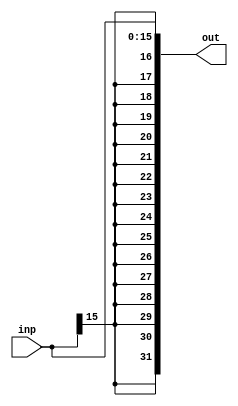
module SignExtend (inp, out);
input [15:0] inp;
output [31:0] out;

	assign out = {{16{inp[15]}}, inp};

endmodule